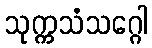
သုက္ကသံသဂ္ဂေါ